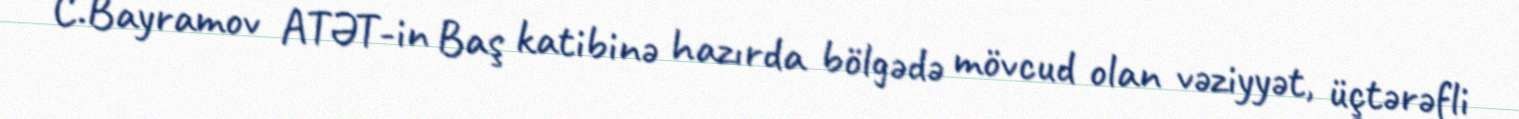
C.Bayramov ATƏT-in Baş katibinə hazırda bölgədə mövcud olan vəziyyət, üçtərəfli